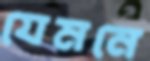
যেমনে